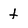
Character: t